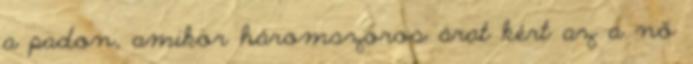
a padon, amikor háromszoros árat kért az a nő